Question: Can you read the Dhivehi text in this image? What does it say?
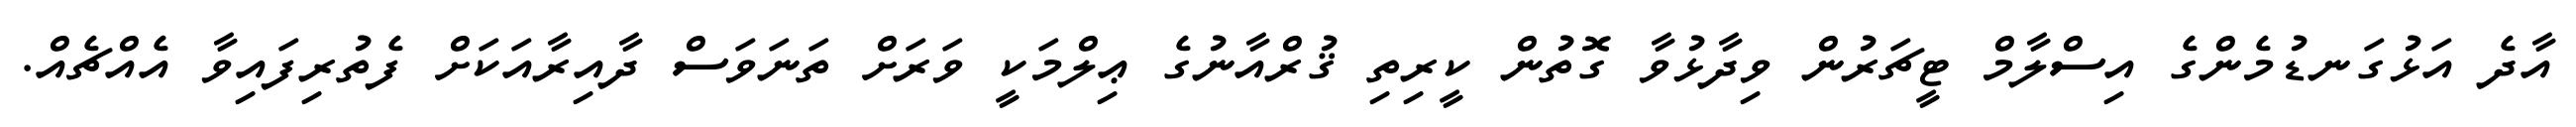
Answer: އާދެ އަޅުގަނޑުމެންގެ އިސްލާމް ޓީޗަރުން ވިދާޅުވާ ގޮތުން ކީރިތި ޤުރްއާނުގެ ޢިލްމަކީ ވަރަށް ތަނަވަސް ދާއިރާއަކަށް ފެތުރިފައިވާ އެއްޗެއް.